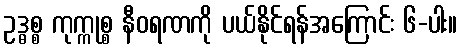
ဥဒ္ဓစ္စ ကုက္ကုစ္စ နီဝရဏကို ပယ်နိုင်ရန်အကြောင်း ၆-ပါး။